system: You are a helpful assistant.
user:
Analyze the provided spectrum to determine if it is a **"Cataclysmic Variables (CV)"**.

- **Key Indicators for CV (Check for either state):**
    - **State 1: Quiescent / Low-State (Emission-Dominated)**
        - **(Primary):** Strong and *very broad* Hydrogen Balmer emission lines (e.g., $H\alpha$ at 6563 Å, $H\beta$ at 4861 Å). The 'broadness' (high velocity dispersion, often FWHM > 1000 km/s) is the key diagnostic, indicating a high-velocity accretion disk.
        - **(Secondary):** Broad neutral Helium (He I) emission lines (e.g., 5876 Å, 6678 Å).
        - **(Key Confirmation):** Presence of high-excitation *ionized* Helium (He II) emission at 4686 Å. This is a strong indicator of accretion onto a white dwarf.
        - **(Line Profile):** Emission lines may exhibit a 'double-peaked' profile, which is a classic signature of a rotating accretion disk viewed at high inclination.

    - **State 2: Outburst / High-State (Absorption-Dominated)**
        - **(Primary):** Spectrum is dominated by a bright, blue continuum (looks like a hot star).
        - **(Secondary):** The emission lines from State 1 are weak, absent, or 'filled in', and are replaced by broad, shallow *absorption* lines (primarily Balmer and He I).
        - **(Morphology):** The overall spectrum mimics a hot B/A-type star. The crucial difference is that the absorption lines are significantly broader, shallower, and more 'washed-out' (or 'smeared') than the sharp lines of a normal stellar photosphere, due to high rotational speeds and pressure broadening in the disk.

Think first, call **spectral_visualization_tool** if needed to examine features in detail, then provide your final answer. Your response must adhere to the following strict rules:
1.  **Overall Structure:** Your response must follow the format `<think>...</think> <tool_call>...</tool_call> (if a tool is used) <answer>...</answer>`.
2.  **Tool Usage Constraint:** You may only make **one** tool call per turn.
3.  **Final Answer Format:** In the `<answer>` tag, your conclusion must be inside a `\boxed{}` command (e.g., `\boxed{YES}`), followed by your justification.

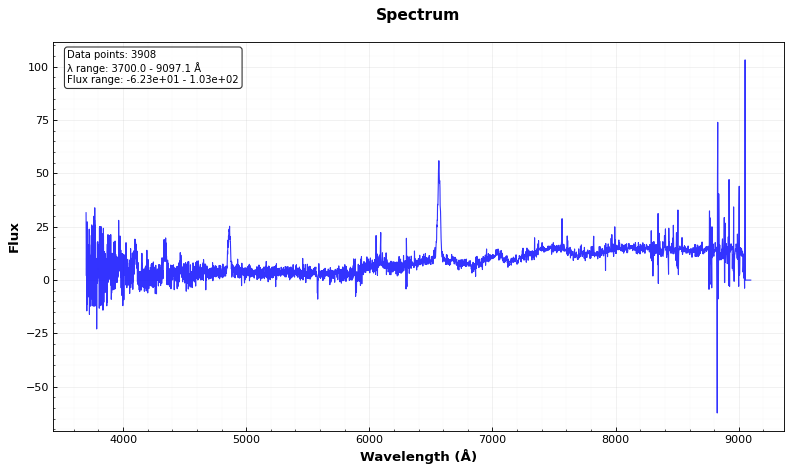
Answer: YES